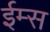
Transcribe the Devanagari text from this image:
ईम्स